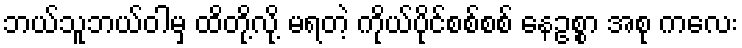
ဘယ်သူဘယ်ဝါမှ ထိတို့လို့ မရတဲ့ ကိုယ်ပိုင်စစ်စစ် နေဥစ္စာ အစု ကလေး